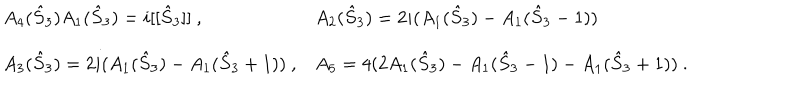
\begin{array} { l l } { { A _ { 4 } ( \hat { S } _ { 3 } ) A _ { 1 } ( \hat { S } _ { 3 } ) = i [ [ \hat { S } _ { 3 } ] ] ~ , ~ } } & { { A _ { 2 } ( \hat { S } _ { 3 } ) = 2 i ( A _ { 1 } ( \hat { S } _ { 3 } ) - A _ { 1 } ( \hat { S } _ { 3 } - 1 ) ) } } \\ { { A _ { 3 } ( \hat { S } _ { 3 } ) = 2 i ( A _ { 1 } ( \hat { S } _ { 3 } ) - A _ { 1 } ( \hat { S } _ { 3 } + 1 ) ) ~ , } } & { { A _ { 5 } = 4 ( 2 A _ { 1 } ( \hat { S } _ { 3 } ) - A _ { 1 } ( \hat { S } _ { 3 } - 1 ) - A _ { 1 } ( \hat { S } _ { 3 } + 1 ) ) ~ . } } \\ \end{array}